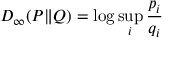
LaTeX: D _ { \infty } ( P \| Q ) = \log \operatorname* { s u p } _ { i } { \frac { p _ { i } } { q _ { i } } }